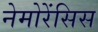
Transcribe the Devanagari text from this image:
नेमोरेंसिस